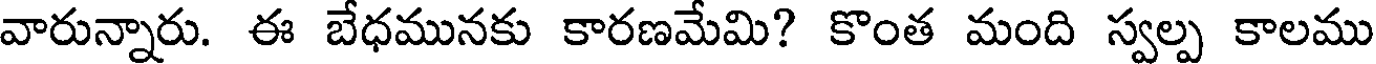
వారున్నారు. ఈ బేధమునకు కారణమేమి? కొంత మంది స్వల్ప కాలము